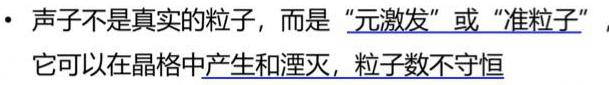
- 声子不是真实的粒子，而是“元激发”或“准粒子”，它可以在晶格中产生和湮灭，粒子数不守恒